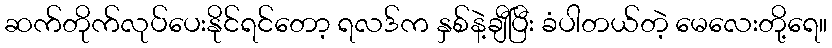
ဆက်တိုက်လုပ်ပေးနိုင်ရင်တော့ ရလဒ်က နှစ်နဲ့ချီပြီး ခံပါတယ်တဲ့ မေလေးတို့ရေ။